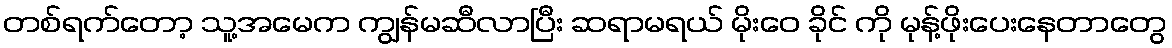
တစ်ရက်တော့ သူ့အမေက ကျွန်မဆီလာပြီး ဆရာမရယ် မိုးဝေ ခိုင် ကို မုန့်ဖိုးပေးနေတာတွေ